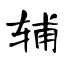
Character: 辅